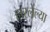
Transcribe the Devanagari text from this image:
हारलेल्या